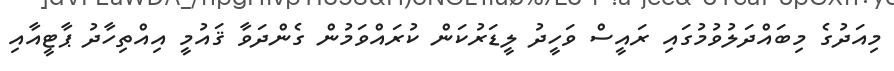
މިއަދުގެ މިބައްދަލުވުމުގައި ރައީސް ވަހީދު ލީޑަރުކަން ކުރައްވަމުން ގެންދަވާ ޤައުމީ އިއްތިހާދު ޕާޓީއާއި